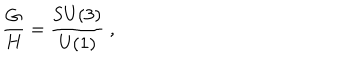
LaTeX: { \frac { G } { H } } = { \frac { \mathrm { S U } ( 3 ) } { \mathrm { U } ( 1 ) } } ~ ,